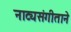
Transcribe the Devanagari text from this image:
नाट्यसंगीताने